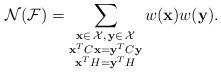
LaTeX: \begin{align*}\mathcal{N}(\mathcal{F})=\sum_{\substack{\mathbf{x}\in\,\mathcal{X},\,\mathbf{y}\in\, \mathcal{X} \\\mathbf{x}^{T}C\mathbf{x}=\mathbf{y}^{T}C\mathbf{y}\\ \mathbf{x}^{T}H=\mathbf{y}^{T}H}}w(\mathbf{x})w(\mathbf{y}).\end{align*}